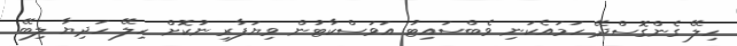
ހިލޭ ގެންގޮސްދޭ ހަމައެކަނި ވެބްސައިޓު އަވަސްކާޓުން ވިޔަފާރި ނުކޮށް ހިލޭ ހަދިޔާ ލިބޭ